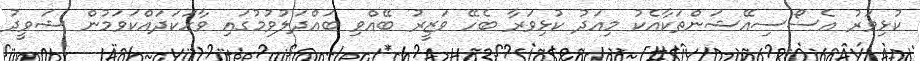
ކުޅިވަރު އެސޯސިއޭޝަންތަކާއެކު މިއަދު ކުޅިވަރާ ބެހޭ ވަޒީރު ބޭއްވި ބައްދަލުވުމުގައި ވާހަކަދައްކަވަމުން ޝަވީދު